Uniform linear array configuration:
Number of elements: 24
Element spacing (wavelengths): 0.75
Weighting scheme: hamming
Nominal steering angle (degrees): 0
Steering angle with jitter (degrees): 1.925
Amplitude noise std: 0.05
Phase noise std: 0.05

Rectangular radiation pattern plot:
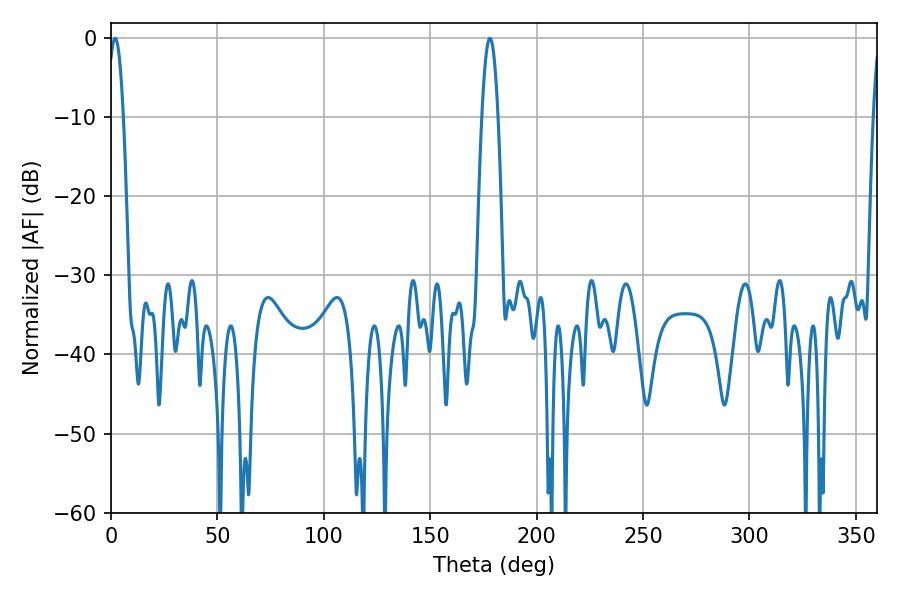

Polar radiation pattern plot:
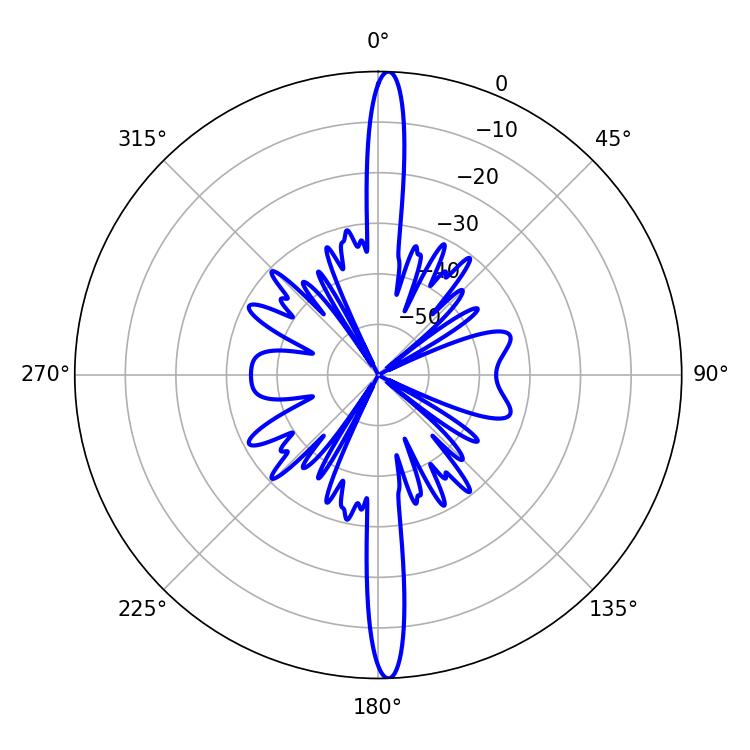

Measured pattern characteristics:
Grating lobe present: TRUE
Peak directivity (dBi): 25.717
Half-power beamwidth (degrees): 3.96
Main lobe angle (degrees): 1.98